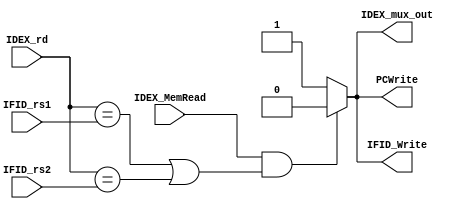
module Hazard_Detection
(
    input [4:0] IDEX_rd, IFID_rs1, IFID_rs2,
    input IDEX_MemRead,
    output reg IDEX_mux_out,
    output reg IFID_Write, PCWrite
);

always@(*) begin
    
    if (IDEX_MemRead && (IDEX_rd == IFID_rs1 || IDEX_rd == IFID_rs2))
    begin
        IDEX_mux_out = 0;
        IFID_Write = 0;
        PCWrite = 0;
    end
    else begin
        IDEX_mux_out = 1;
        IFID_Write = 1;
        PCWrite = 1;
    end

end

endmodule